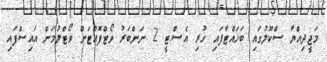
މަޖީދިއްޔާ ސްކޫލުގައި ބަހައްޓާފައި ހުރި އެސް.ޓީ 2 ނަންބަރު ވޯޓްފޮއްޓަށް ވޯޓްލުމަށް އައިސްފައި